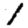
Digit: 1